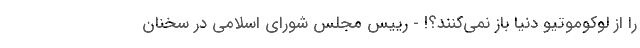
را از لوکوموتیو دنیا باز نمی‌کنند؟! - رییس مجلس شورای اسلامی در سخنان